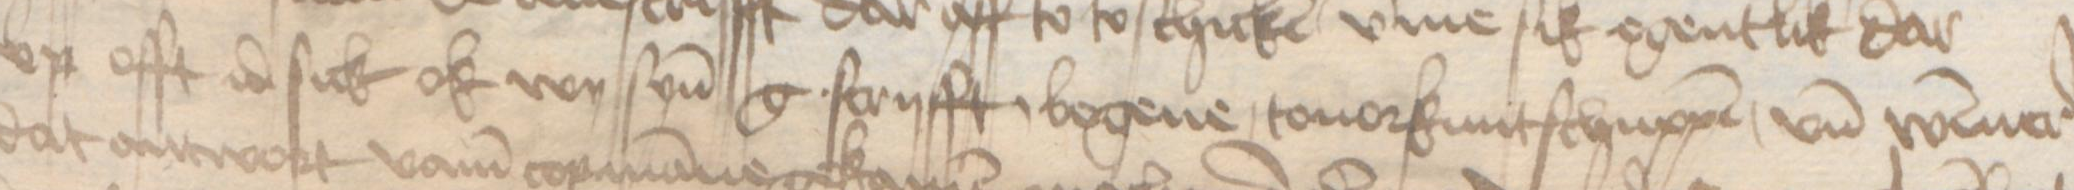
Transcription: vp offt id sick ok wy syn g. scryfft, bogene, touorkuntschuppen, vnd Wismer